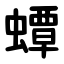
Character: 蟫